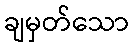
ချမှတ်သော